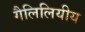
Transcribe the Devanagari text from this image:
गैलिलियीय